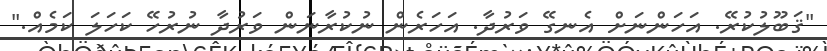
"ޤަބޫލުކުރޭ. އަހަންނަށް އެނގޭ ވަރުދާ. އަހަރެން ނުކުރާނަން ވަރުދާ ނުރުހޭ ކަހަލަ ކަމެއް."